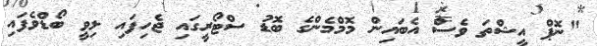
"ނޮޕް އީޝްތަ ވެސް އެބައިން މޮމްމެންގެ ބޮޑު ސްޓޯރީގައި ޖެހިފައި ލިވީ ބޯޑްވެފައި